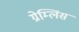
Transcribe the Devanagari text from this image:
ग्रेम्लिंस